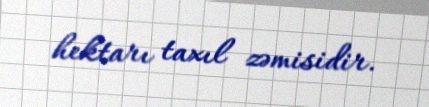
hektarı taxıl zəmisidir.